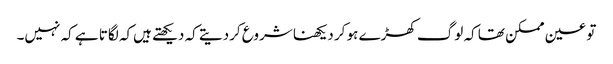
تو عین ممکن تھا کہ لوگ کھڑے ہو کر دیکھنا شروع کردیتے کہ دیکھتے ہیں‌کہ لگاتا ہے کہ نہیں۔